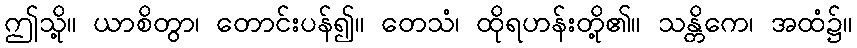
ဤသို့။ ယာစိတွာ၊ တောင်းပန်၍။ တေသံ၊ ထိုရဟန်းတို့၏။ သန္တိကေ၊ အထံ၌။